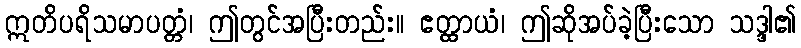
ဣတိပရိသမာပတ္တံ၊ ဤတွင်အပြီးတည်း။ ဧတ္ထာယံ၊ ဤဆိုအပ်ခဲ့ပြီးသော သဒ္ဒါ၏